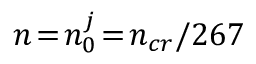
n \! = \! n _ { 0 } ^ { j } \! = \! n _ { c r } / 2 6 7